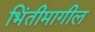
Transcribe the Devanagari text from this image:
भिंतीमागील